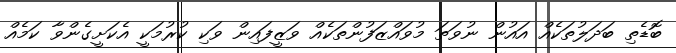
ބޮޑެތި ބަދަލުތަކެއް އައުން ނުވަތަ މުވައްޒަފުންތަކެއް ވަޒީފައިން ވަކި ކުރުމަކީ އެކަށީގެންވާ ކަމެއް